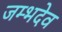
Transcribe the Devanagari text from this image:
जम्भदेव